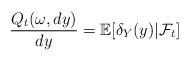
LaTeX: \begin{align*}\frac{Q_t(\omega,dy)}{dy} = \mathbb{E}[ \delta_Y(y) | \mathcal{F}_t]\end{align*}